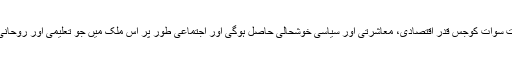
جمہوریہ پاکستان کے ایک ضروری اور اہم جزو ہونے کی حیثیت میں ریاستِ سوات کوجس قدر اقتصادی، معاشرتی اور سیاسی خوشحالی حاصل ہوگی اور اجتماعی طور پر اس ملک میں جو تعلیمی اور روحانی اقتدار اور استحکام پیدا ہوگا، اس پر آپ نے اپنی دلی مسرت کا اظہار فرمایا۔